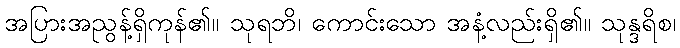
အပြားအညွန့်ရှိကုန်၏။ သုရဘိ၊ ကောင်းသော အနံ့လည်းရှိ၏။ သုန္ဒရိစ၊